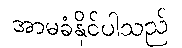
အာမခံနိုင်ပါသည်